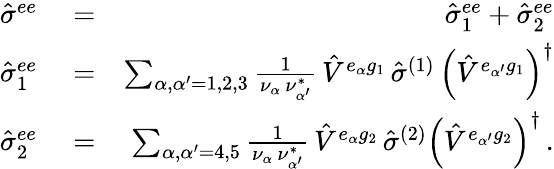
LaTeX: \begin{array}{rlr}{{\hat{\sigma}}^{ee}}&{{}=}&{{\hat{\sigma}}_{1}^{ee}+{\hat{\sigma}}_{2}^{ee}}\\ {{\hat{\sigma}}_{1}^{ee}}&{{}=}&{\sum_{{\alpha},{\alpha^{\prime}}=1,2,3}\frac{1}{\nu_{\alpha}\, \nu_{\alpha^{\prime}}^{*}}\, {\hat{V}}^{e_{\alpha}g_{1}}\, {\hat{\sigma}}^{(1)}\, \left({\hat{V}}^{e_{\alpha^{\prime}}g_{1}}\right)^{\dagger}}\\ {{\hat{\sigma}}_{2}^{ee}}&{{}=}&{\sum_{{\alpha},{\alpha^{\prime}}=4,5}\frac{1}{\nu_{\alpha}\, \nu_{\alpha^{\prime}}^{*}}\, {\hat{V}}^{e_{\alpha}g_{2}}\, {\hat{\sigma}}^{(2)}\left({\hat{V}}^{e_{\alpha^{\prime}}g_{2}}\right)^{\dagger}\, .}\end{array}